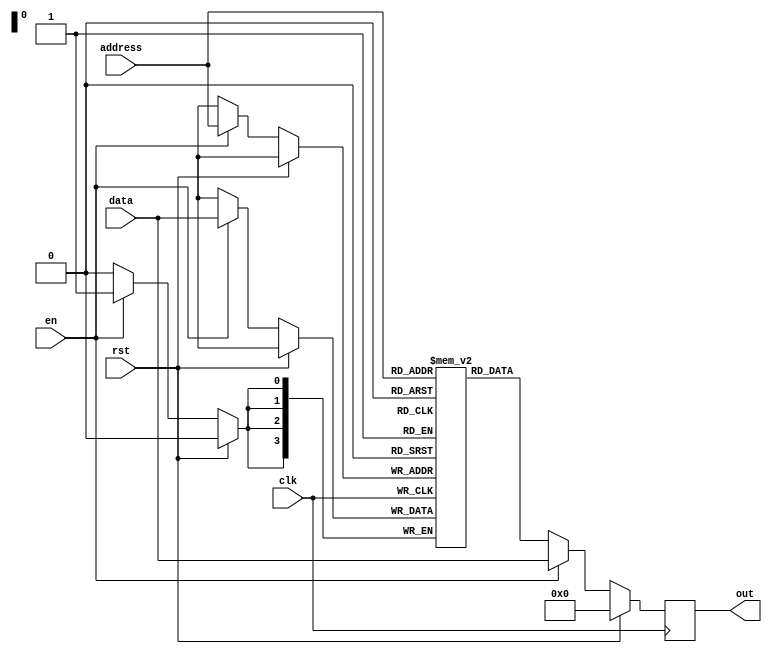
module memory(data,address,en,clk,rst,out);
input [3:0]data,address;
input en,clk,rst;
output reg[3:0]out;
reg [3:0] storage[15:0];
always@(posedge clk)
begin
if(rst)
begin
out<=4'b0;
end
else if(en)
begin
storage[address]<=data;
out<=data;
end
else
begin
out<=storage[address];
end
end
endmodule